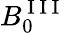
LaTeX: B_{0}^{\mathrm{~I~I~I~}}